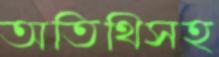
অতিথিসহ